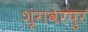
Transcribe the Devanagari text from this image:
शृंगवेरपुर